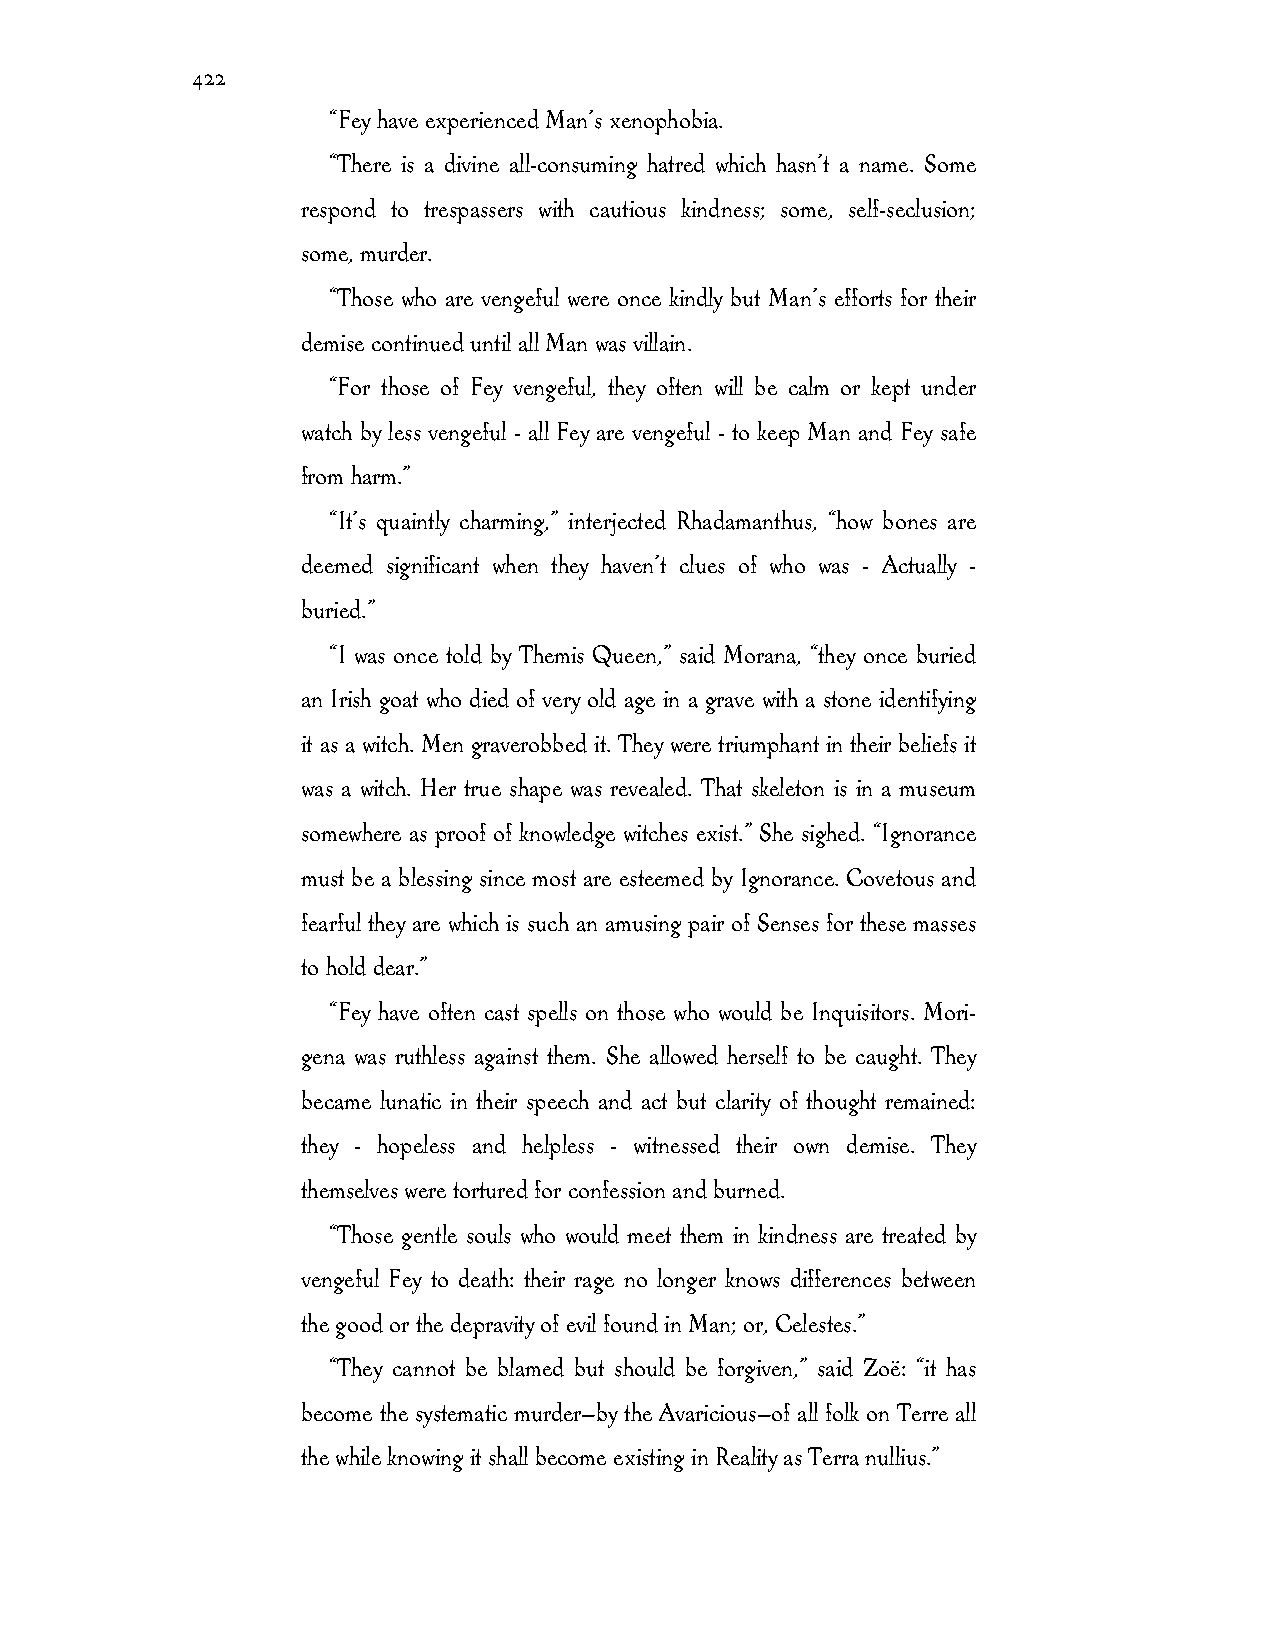
422
 “Fey have experienced Man’s xenophobia.
 “There is a divine all-consuming hatred which hasn’t a name. Some
 respond to trespassers with cautious kindness; some, self-seclusion;
 some, murder.
 “Those who are vengeful were once kindly but Man’s efforts for their
 demise continued until all Man was villain.
 “For those of Fey vengeful, they often will be calm or kept under
 watch by less vengeful - all Fey are vengeful - to keep Man and Fey safe
 from harm.”
 “It’s quaintly charming,” interjected Rhadamanthus, “how bones are
 deemed significant when they haven’t clues of who was - Actually -
 buried.”
 “I was once told by Themis Queen,” said Morana, “they once buried
 an Irish goat who died of very old age in a grave with a stone identifying
 it as a witch. Men graverobbed it. They were triumphant in their beliefs it
 was a witch. Her true shape was revealed. That skeleton is in a museum
 somewhere as proof of knowledge witches exist.” She sighed. “Ignorance
 must be a blessing since most are esteemed by Ignorance. Covetous and
 fearful they are which is such an amusing pair of Senses for these masses
 to hold dear.”
 “Fey have often cast spells on those who would be Inquisitors. Mori-
 gena was ruthless against them. She allowed herself to be caught. They
 became lunatic in their speech and act but clarity of thought remained:
 they - hopeless and helpless - witnessed their own demise. They
 themselves were tortured for confession and burned.
 “Those gentle souls who would meet them in kindness are treated by
 vengeful Fey to death: their rage no longer knows differences between
 the good or the depravity of evil found in Man; or, Celestes.”
 “They cannot be blamed but should be forgiven,” said Zoë: “it has
 become the systematic murder—by the Avaricious—of all folk on Terre all
 the while knowing it shall become existing in Reality as Terra nullius.”